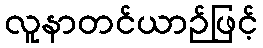
လူနာတင်ယာဉ်ဖြင့်